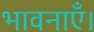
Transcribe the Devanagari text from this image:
भावनाएँ।